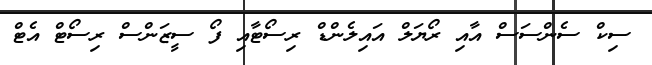
ސިކް ސެންސަސް އާއި ރޯޔަލް އައިލެންޑް ރިސޯޓާއި ފޯ ސީޒަންސް ރިސޯޓް އެޓް